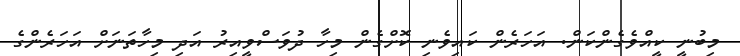
މިބުނީ ކީއްވެގެންކަން. އަހަރެން ކައިވެނި ކޮށްގެން މިހާ ދުވަސްވީއިރު އަދި މިހާތަނަށް އަހަރެންގެ